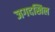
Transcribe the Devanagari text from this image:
जगदखिल